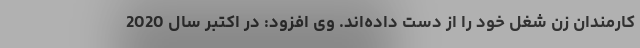
کارمندان زن شغل خود را از دست داده‌اند. وی افزود: در اکتبر سال 2020